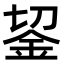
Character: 𨥓